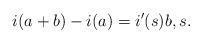
\begin{align*} i(a+b)-i(a)=i'(s)b, s . \end{align*}